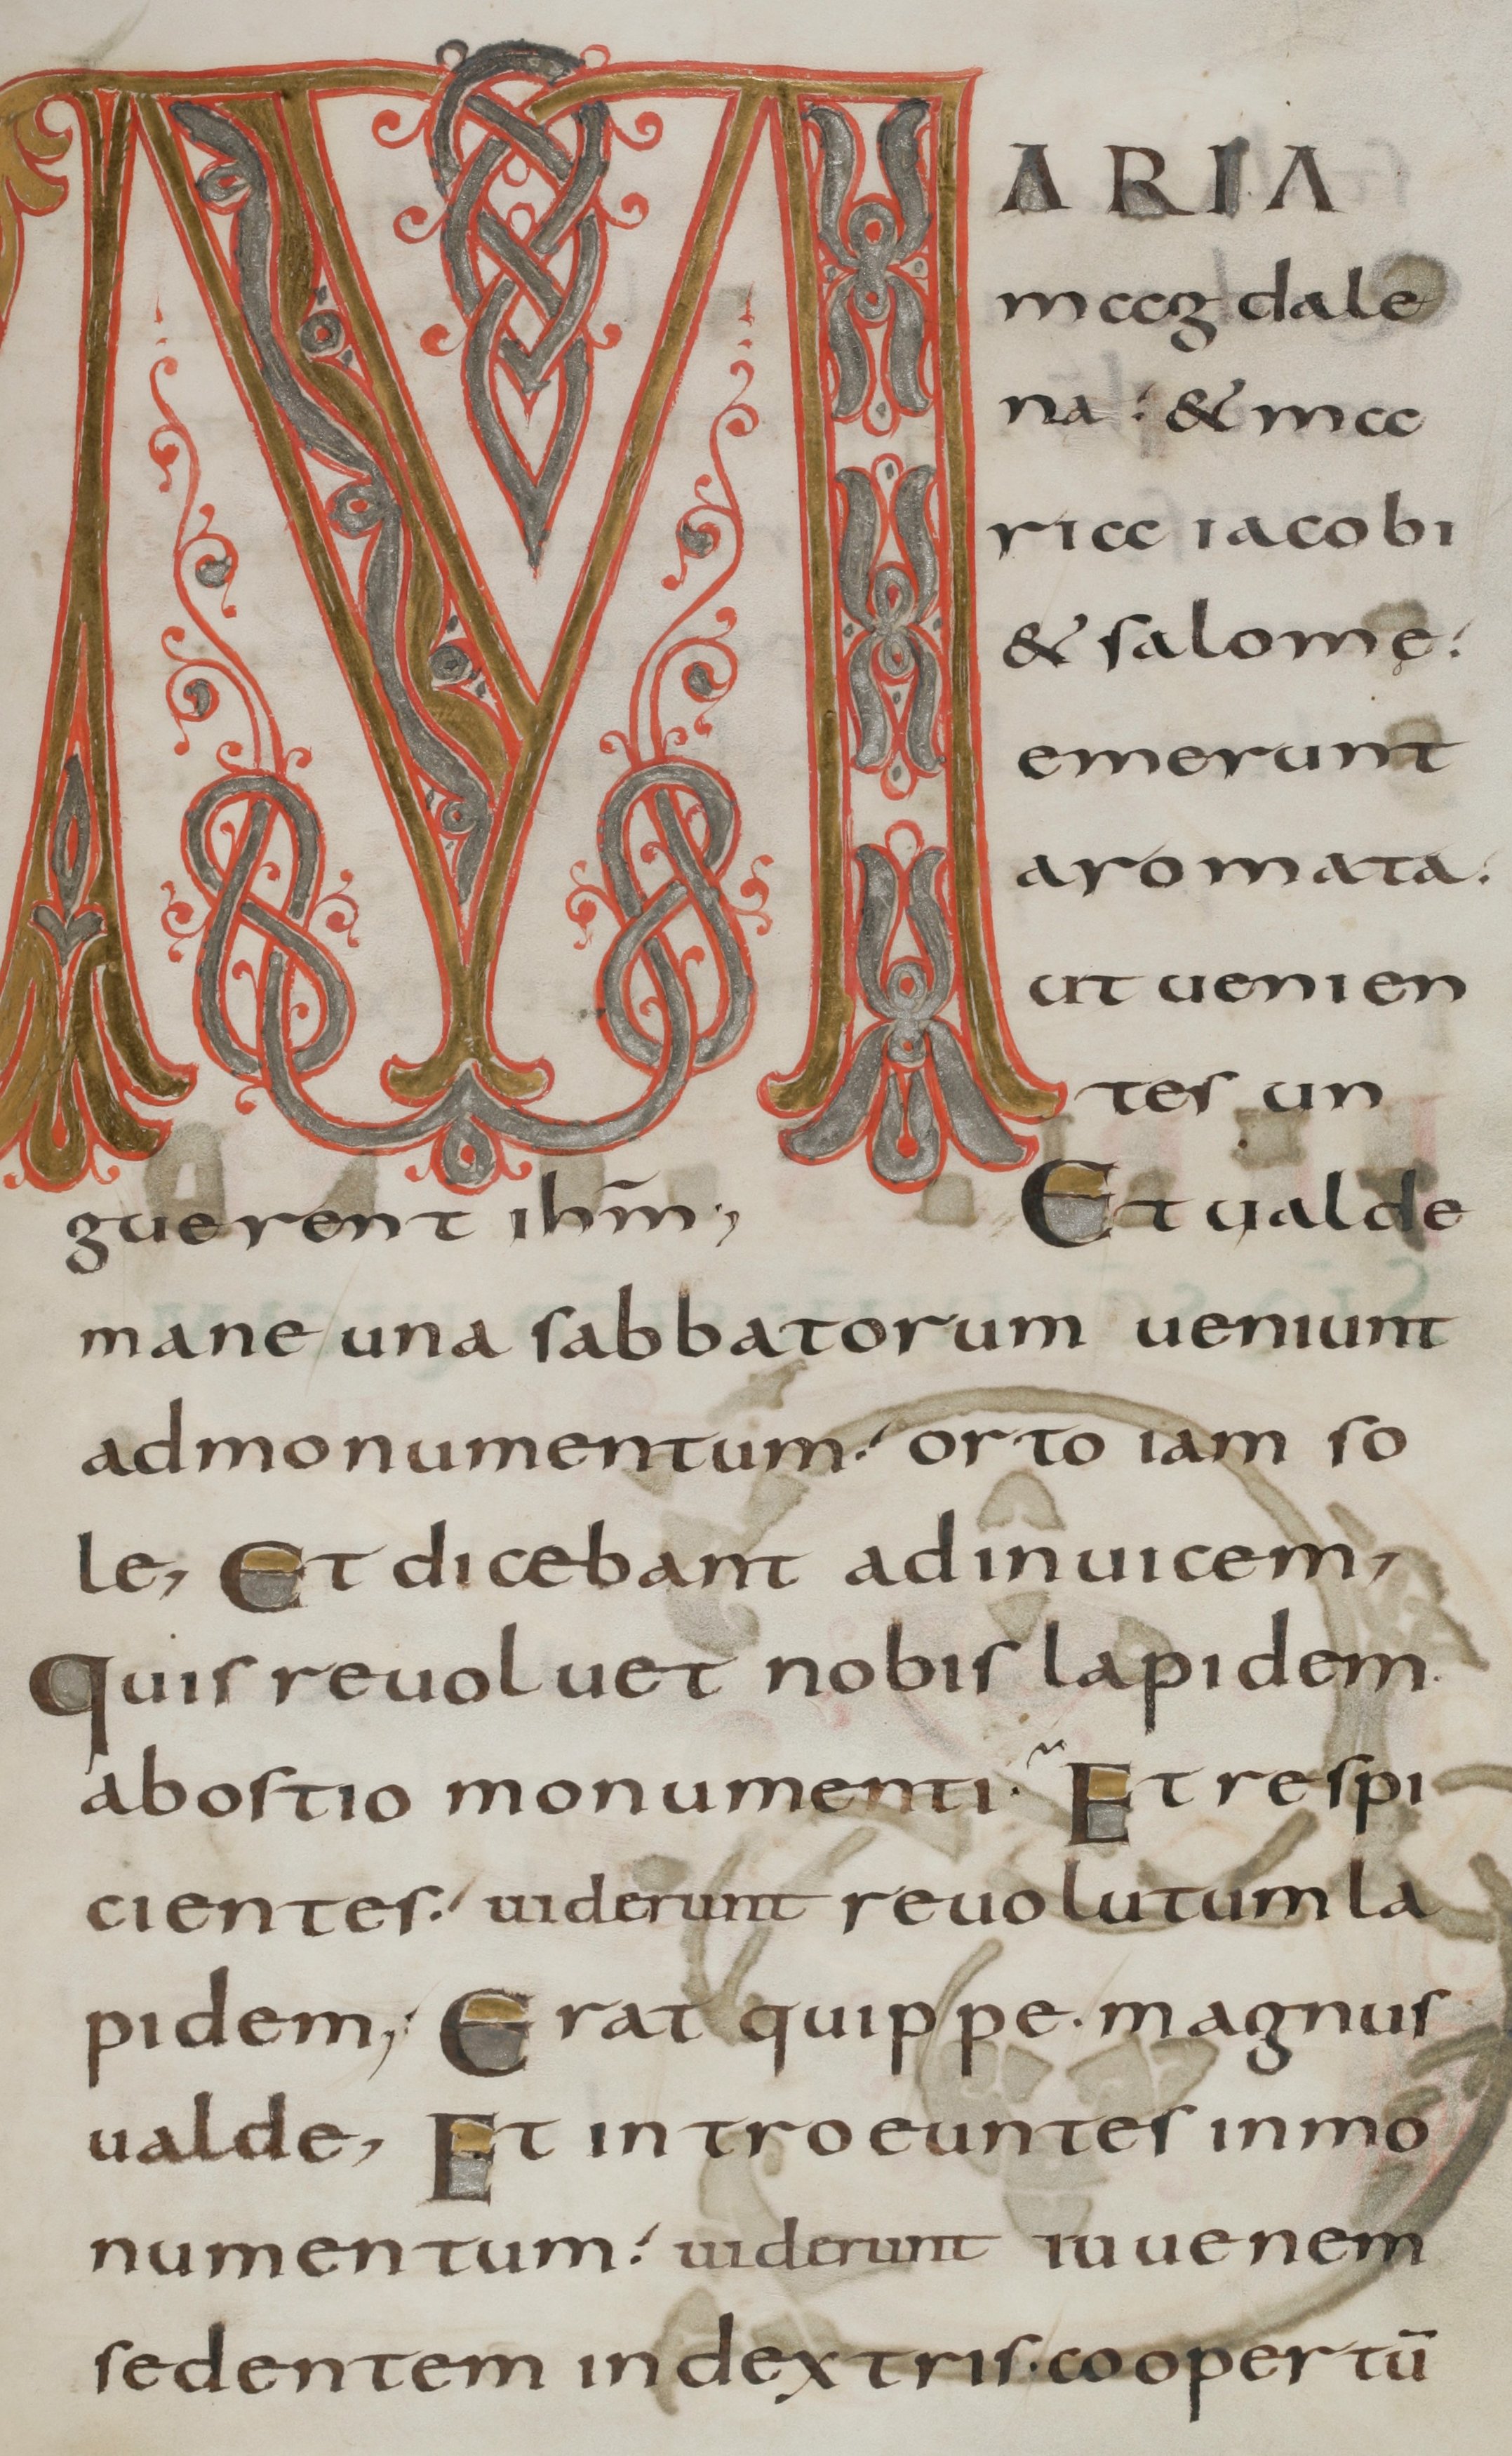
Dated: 800–899